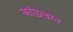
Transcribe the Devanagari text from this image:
कांडलग्न